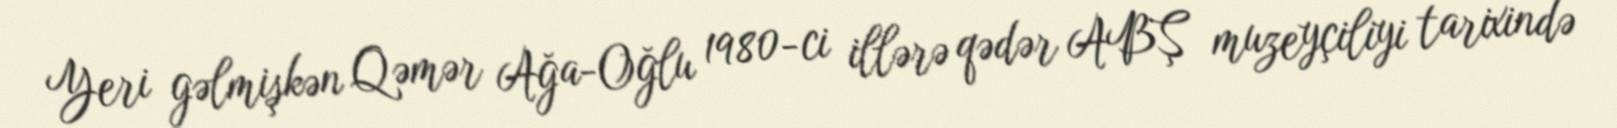
Yeri gəlmişkən Qəmər Ağa-Oğlu 1980-ci illərə qədər ABŞ muzeyçiliyi tarixində